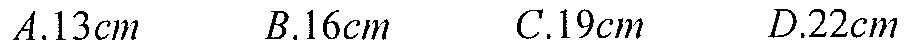
\(A.13cm\) \(\qquad B.16cm\) \(\qquad C.19cm\) \(\qquad D.22cm\)